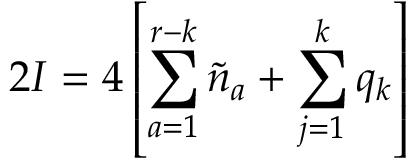
2 { \cal I } = 4 \left[ \sum _ { a = 1 } ^ { r - k } \tilde { n } _ { a } + \sum _ { j = 1 } ^ { k } q _ { k } \right]